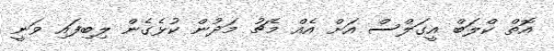
އޮތް ކްލަބް އީގަލްސް އަށް އެއް މެޗު މަދުން ކުޅެގެން ލިބިފައި ވަނީ